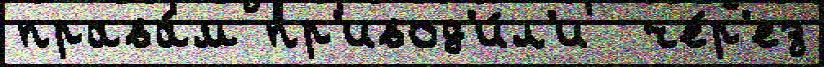
права́м пр'ивод'и́л'и  че́р'ез